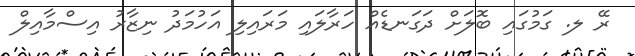
ރޭ ލ. ގަމުގައި ބޮލަށް ދަގަނޑެއް ހަރާލައި މަރައިލި އަހުމަދު ނިޒާރު އިސްމާއިލް